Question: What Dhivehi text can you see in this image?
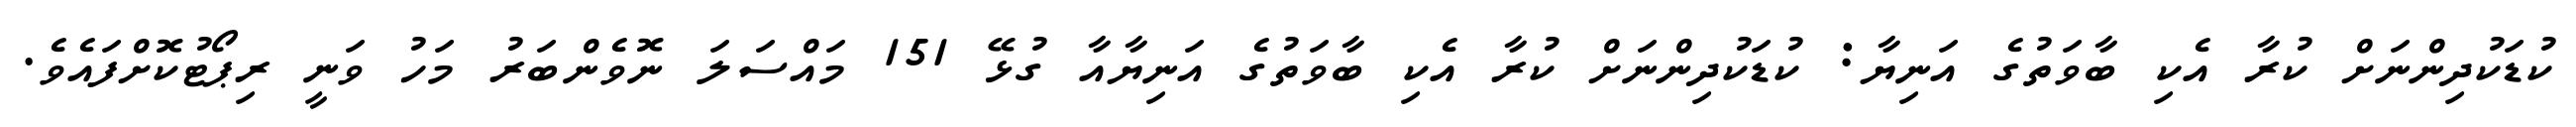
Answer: ކުޑަކުދިންނަށް ކުރާ އެކި ބާވަތުގެ އަނިޔާ: ކުޑަކުދިންނަށް ކުރާ އެކި ބާވަތުގެ އަނިޔާއާ ގުޅޭ 151 މައްސަލަ ނޮވެންބަރު މަހު ވަނީ ރިޕޯޓުކޮށްފައެވެ.